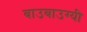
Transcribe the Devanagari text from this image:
बाउबाउग्यी